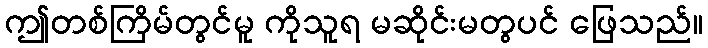
ဤတစ်ကြိမ်တွင်မူ ကိုသူရ မဆိုင်းမတွပင် ဖြေသည်။